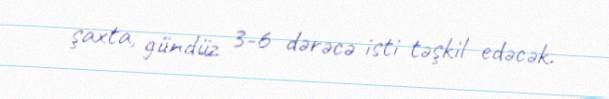
şaxta, gündüz 3-6 dərəcə isti təşkil edəcək.